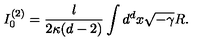
I _ { 0 } ^ { ( 2 ) } = \frac { l } { 2 \kappa ( d - 2 ) } \int d ^ { d } x \sqrt { - \gamma } R .